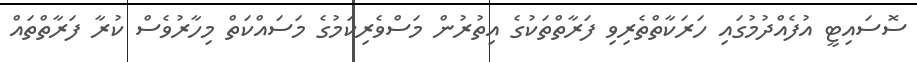
ސޮސައިޓީ އުފެއްދުމުގައި ހަރަކާތްތެރިވި ފަރާތްތަކުގެ އިތުރުން މަސްވެރިކަމުގެ މަސައްކަތް މިހާރުވެސް ކުރާ ފަރާތްތައް